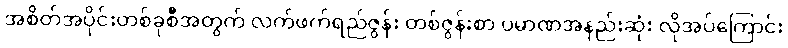
အစိတ်အပိုင်းတစ်ခုစီအတွက် လက်ဖက်ရည်ဇွန်း တစ်ဇွန်းစာ ပမာဏအနည်းဆုံး လိုအပ်ကြောင်း